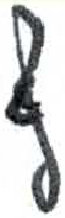
אות: ש